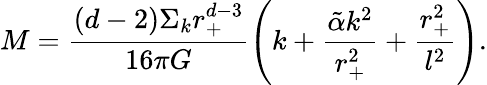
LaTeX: M=\frac{(d-2)\Sigma_{k}r_{+}^{d-3}}{16\pi G}\left(k+\frac{\tilde{\alpha}k^{2}}{r_{+}^{2}}+\frac{r_{+}^{2}}{l^{2}}\right).